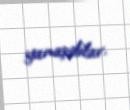
yanaşdılar.